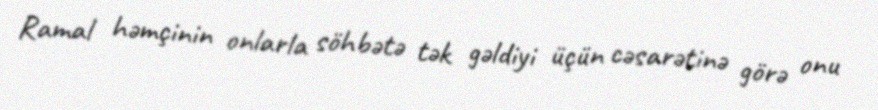
Ramal həmçinin onlarla söhbətə tək gəldiyi üçün cəsarətinə görə onu